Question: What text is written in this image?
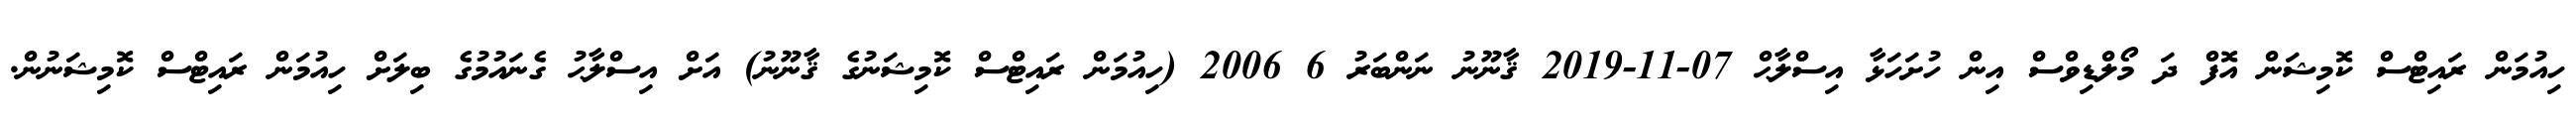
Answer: ހިއުމަން ރައިޓްސް ކޮމިޝަން އޮފް ދަ މޯލްޑިވްސް އިން ހުށަހަޅާ އިސްލާޙް 07-11-2019 ޤާނޫނު ނަންބަރު 6 2006 (ހިއުމަން ރައިޓްސް ކޮމިޝަނުގެ ޤާނޫނު) އަށް އިސްލާޙު ގެނައުމުގެ ބިލަށް ހިއުމަން ރައިޓްސް ކޮމިޝަނުން.